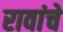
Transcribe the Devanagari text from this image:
रावांचे